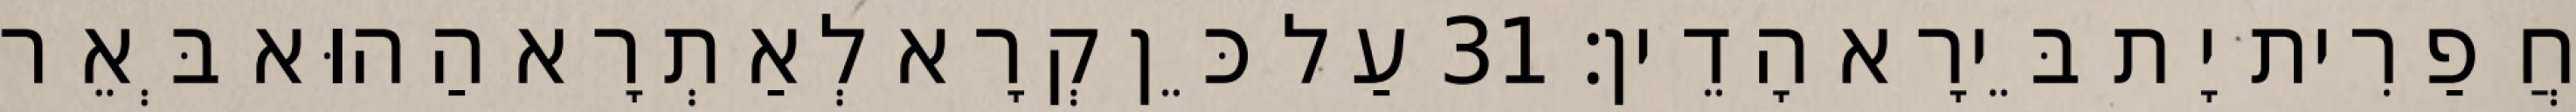
חֲפַרִית יָת בֵּירָא הָדֵין׃ 31 עַל כֵּן קְרָא לְאַתְרָא הַהוּא בְּאֵר